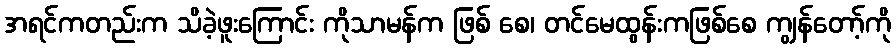
အရင်ကတည်းက သိခဲ့ဖူးကြောင်း ကိုသာမန်က ဖြစ် စေ၊ တင်မေထွန်းကဖြစ်စေ ကျွန်တော့်ကို